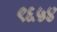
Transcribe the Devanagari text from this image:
९६५४